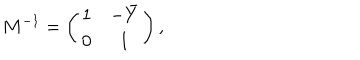
M ^ { - 1 } = \left( \begin{array} { c c } { { 1 } } & { { - \bar { Y } } } \\ { { 0 } } & { { 1 } } \\ \end{array} \right) ,